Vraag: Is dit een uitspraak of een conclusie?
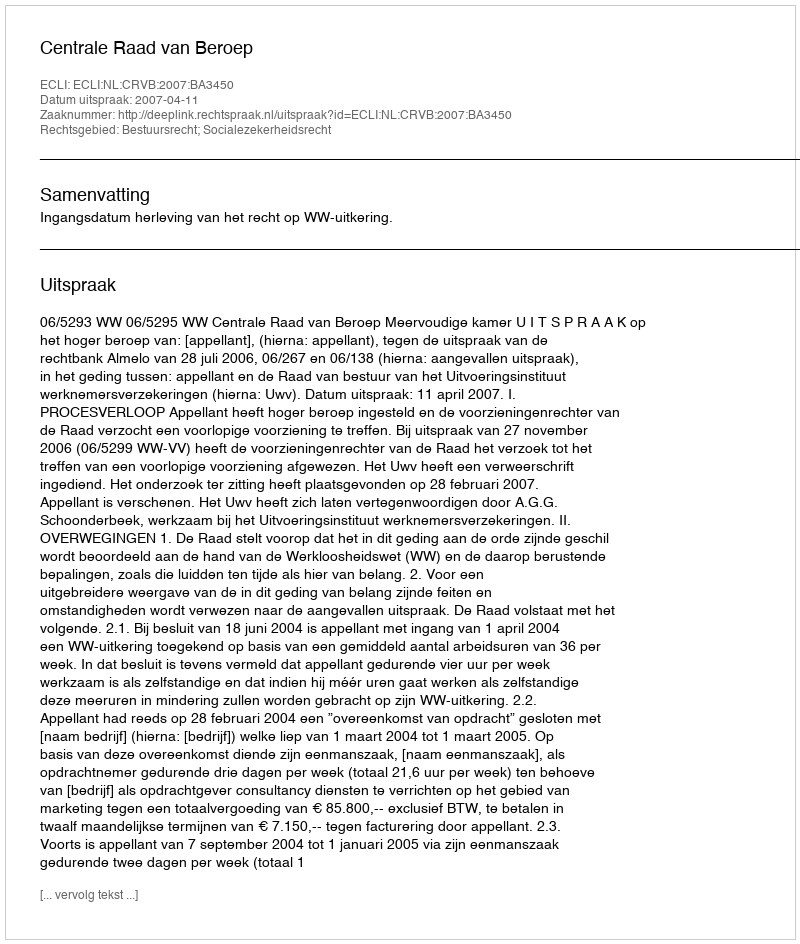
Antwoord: Uitspraak